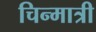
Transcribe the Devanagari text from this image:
चिन्मात्री